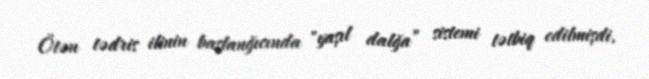
Ötən tədris ilinin başlanğıcında "yaşıl dalğa” sistemi tətbiq edilmişdi,